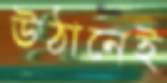
উঠানেই